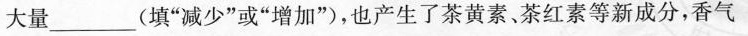
大量___(填“少”或“增加”)，也产生了茶黄素、茶红素等新成分，香气